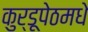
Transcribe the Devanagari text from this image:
कुर्डूपेठमधे